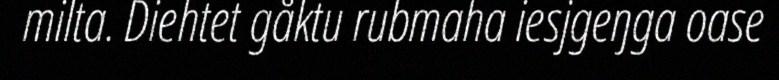
milta. Diehtet gåktu rubmaha iesjgeŋga oase